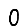
Digit: 0